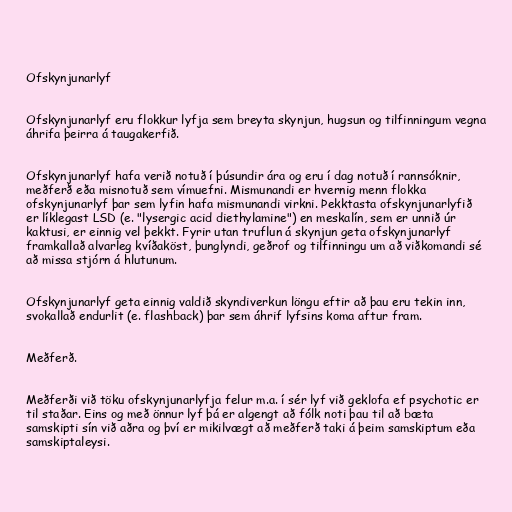
Ofskynjunarlyf

Ofskynjunarlyf eru flokkur lyfja sem breyta skynjun, hugsun og tilfinningum vegna
áhrifa þeirra á taugakerfið.

Ofskynjunarlyf hafa verið notuð í þúsundir ára og eru í dag notuð í rannsóknir,
meðferð eða misnotuð sem vímuefni. Mismunandi er hvernig menn flokka
ofskynjunarlyf þar sem lyfin hafa mismunandi virkni. Þekktasta ofskynjunarlyfið
er líklegast LSD (e. "lysergic acid diethylamine") en meskalín, sem er unnið úr
kaktusi, er einnig vel þekkt. Fyrir utan truflun á skynjun geta ofskynjunarlyf
framkallað alvarleg kvíðaköst, þunglyndi, geðrof og tilfinningu um að viðkomandi sé
að missa stjórn á hlutunum.

Ofskynjunarlyf geta einnig valdið skyndiverkun löngu eftir að þau eru tekin inn,
svokallað endurlit (e. flashback) þar sem áhrif lyfsins koma aftur fram.

Meðferð.

Meðferði við töku ofskynjunarlyfja felur m.a. í sér lyf við geklofa ef psychotic er
til staðar. Eins og með önnur lyf þá er algengt að fólk noti þau til að bæta
samskipti sín við aðra og því er mikilvægt að meðferð taki á þeim samskiptum eða
samskiptaleysi.